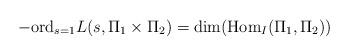
LaTeX: \begin{align*} -\mathrm{ord}_{s=1}L(s,\Pi_1 \times \Pi_2)=\dim(\mathrm{Hom}_I(\Pi_1,\Pi_2))\end{align*}